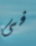
فى